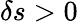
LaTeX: \delta s>0